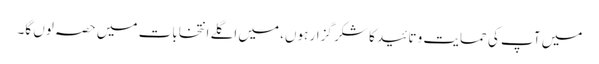
میں آپ کی حمایت و تائید کا شکر گزار ہوں، میں اگلے انتخابات میں حصہ لوں گا۔